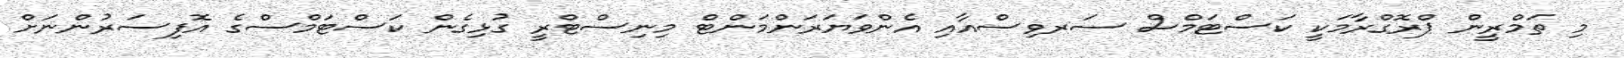
މި ތަމްރީން ޕްރޮގްރާމަކީ ކަސްޓަމްސް ސަރވިސްއާއި އެންވަޔަރަންމަންޓް މިނިސްޓްރީ ގުޅިގެން ކަސްޓަމްސްގެ އޮފިސަރުންނަށް